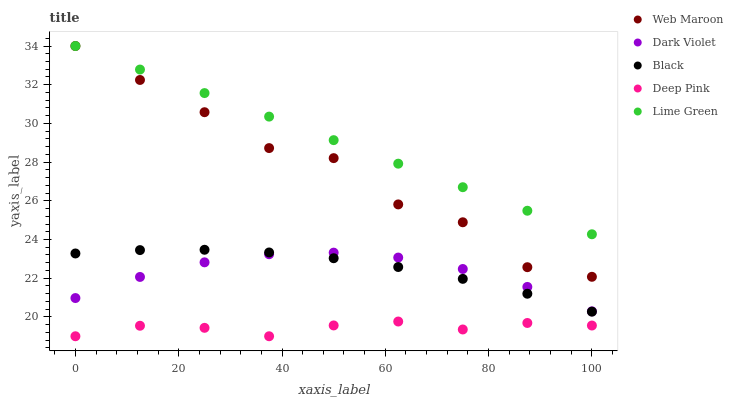
| xaxis_label | Web Maroon | Dark Violet | Black | Deep Pink | Lime Green |
 | --- | --- | --- | --- | --- | --- |
 | 0 | 34 | 21 | 23.3 | 19 | 34 |
 | 12.5 | 32.2 | 22.1 | 23.5 | 19.5 | 32.8 |
 | 25 | 30.6 | 22.8 | 23.5 | 19.4 | 31.6 |
 | 37.5 | 28.7 | 23.2 | 23.3 | 19 | 30.4 |
 | 50 | 28.2 | 23.3 | 23 | 19.6 | 29.1 |
 | 62.5 | 25.8 | 23.1 | 22.6 | 19.8 | 27.9 |
 | 75 | 24.9 | 22.5 | 22 | 19.4 | 26.7 |
 | 87.5 | 22.6 | 21.5 | 21.2 | 19.7 | 25.5 |
 | 100 | 22.1 | 20.3 | 20.3 | 19.6 | 24.3 |